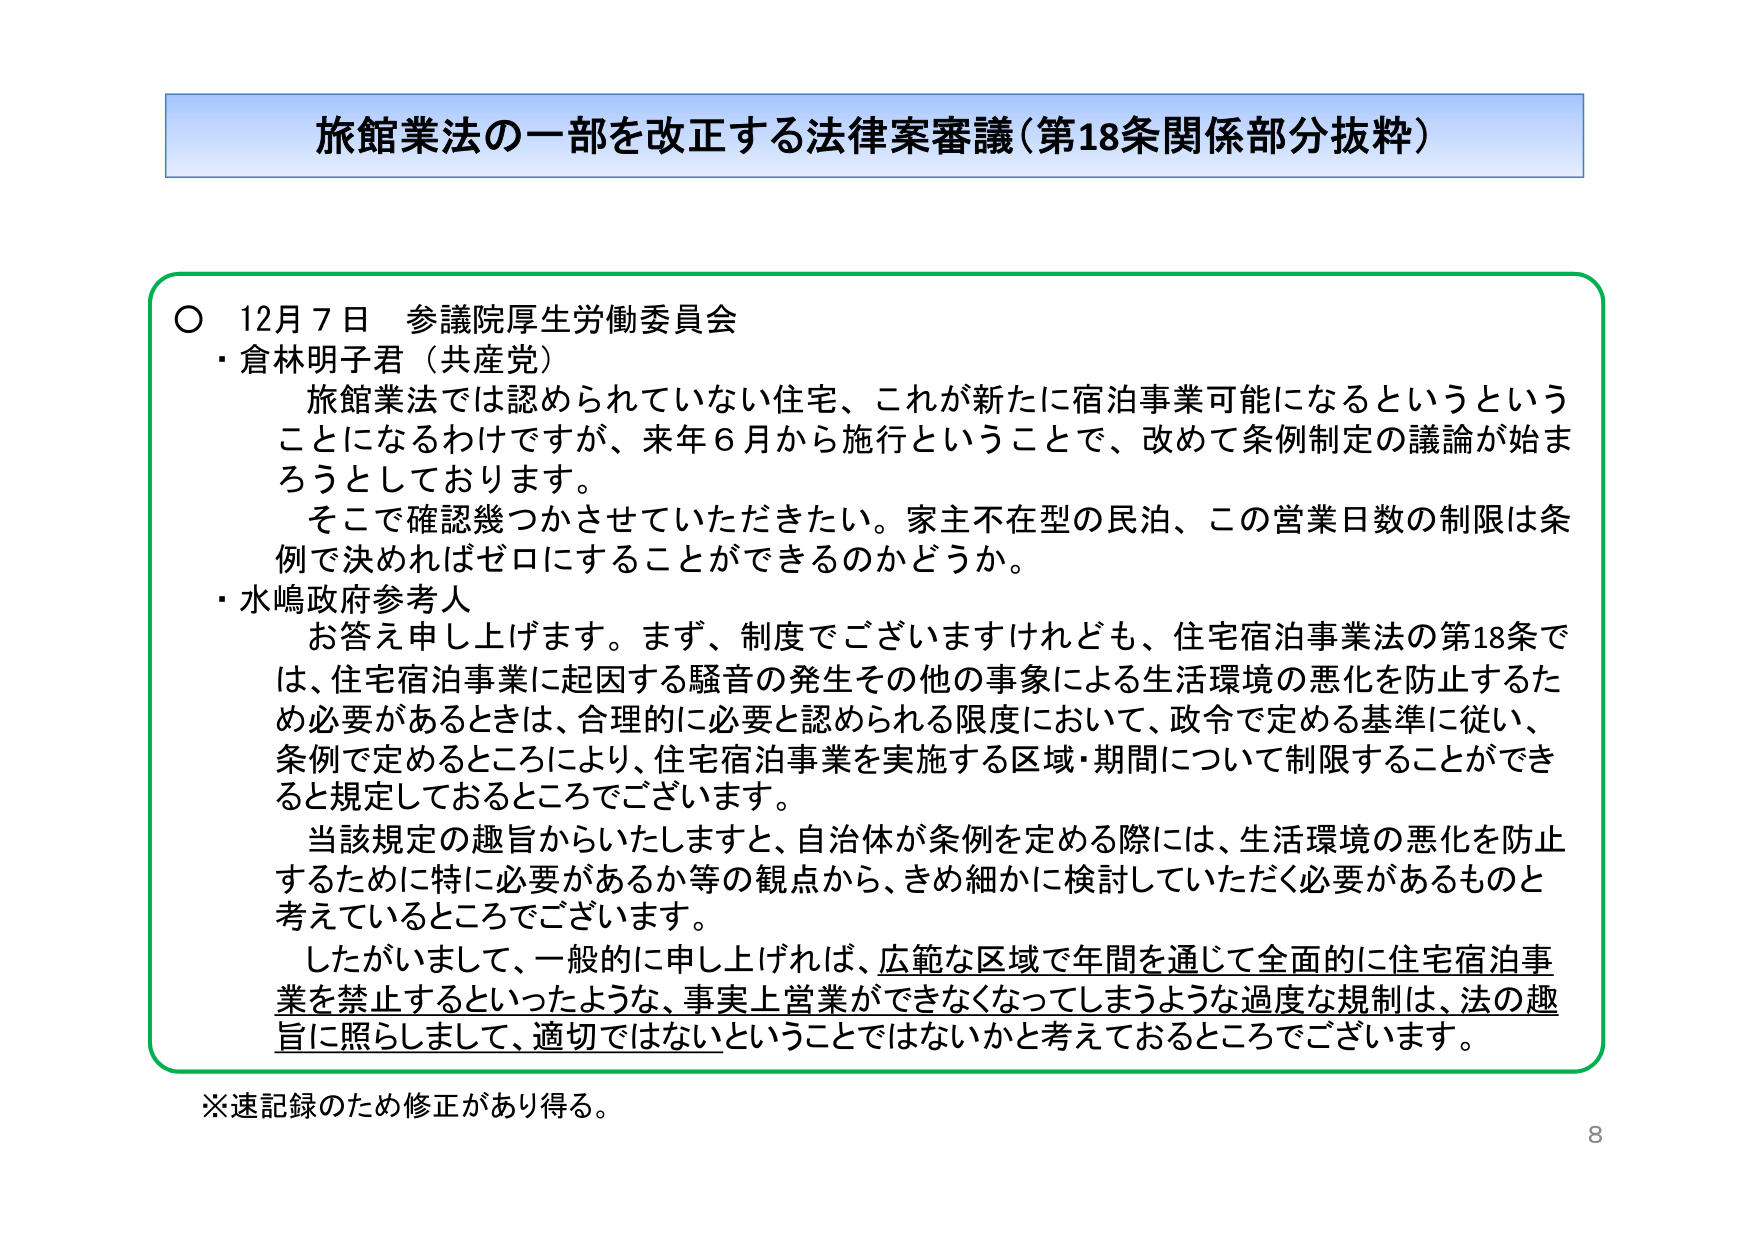
旅館業法の一部を改正する法律案審議（第18条関係部分抜粋）

○ 12月7日 参議院厚生労働委員会
・倉林明子君（共産党）
　旅館業法では認められていない住宅、これが新たに宿泊事業可能になるというということになるわけですが、来年6月から施行ということで、改めて条例制定の議論が始まろうとしております。
　そこで確認幾つかさせていただきたい。家主不在型の民泊、この営業日数の制限は条例で決めればゼロにすることができるのかどうか。
・水嶋政府参考人
　お答え申し上げます。まず、制度でございますけれども、住宅宿泊事業法の第18条では、住宅宿泊事業に起因する騒音の発生その他の事象による生活環境の悪化を防止するため必要があるときは、合理的に必要と認められる限度において、政令で定める基準に従い、条例で定めるところにより、住宅宿泊事業を実施する区域・期間について制限することができると規定しておるところでございます。
　当該規定の趣旨からいたしますと、自治体が条例を定める際には、生活環境の悪化を防止するために特に必要があるか等の観点から、きめ細かに検討していただく必要があるものと考えているところでございます。
　したがいまして、一般的に申し上げれば、広範な区域で年間を通じて全面的に住宅宿泊事業を禁止するといったような、事実上営業ができなくなってしまうような過度な規制は、法の趣旨に照らしまして、適切ではないということではないかと考えておるところでございます。

※速記録のため修正があり得る。
8